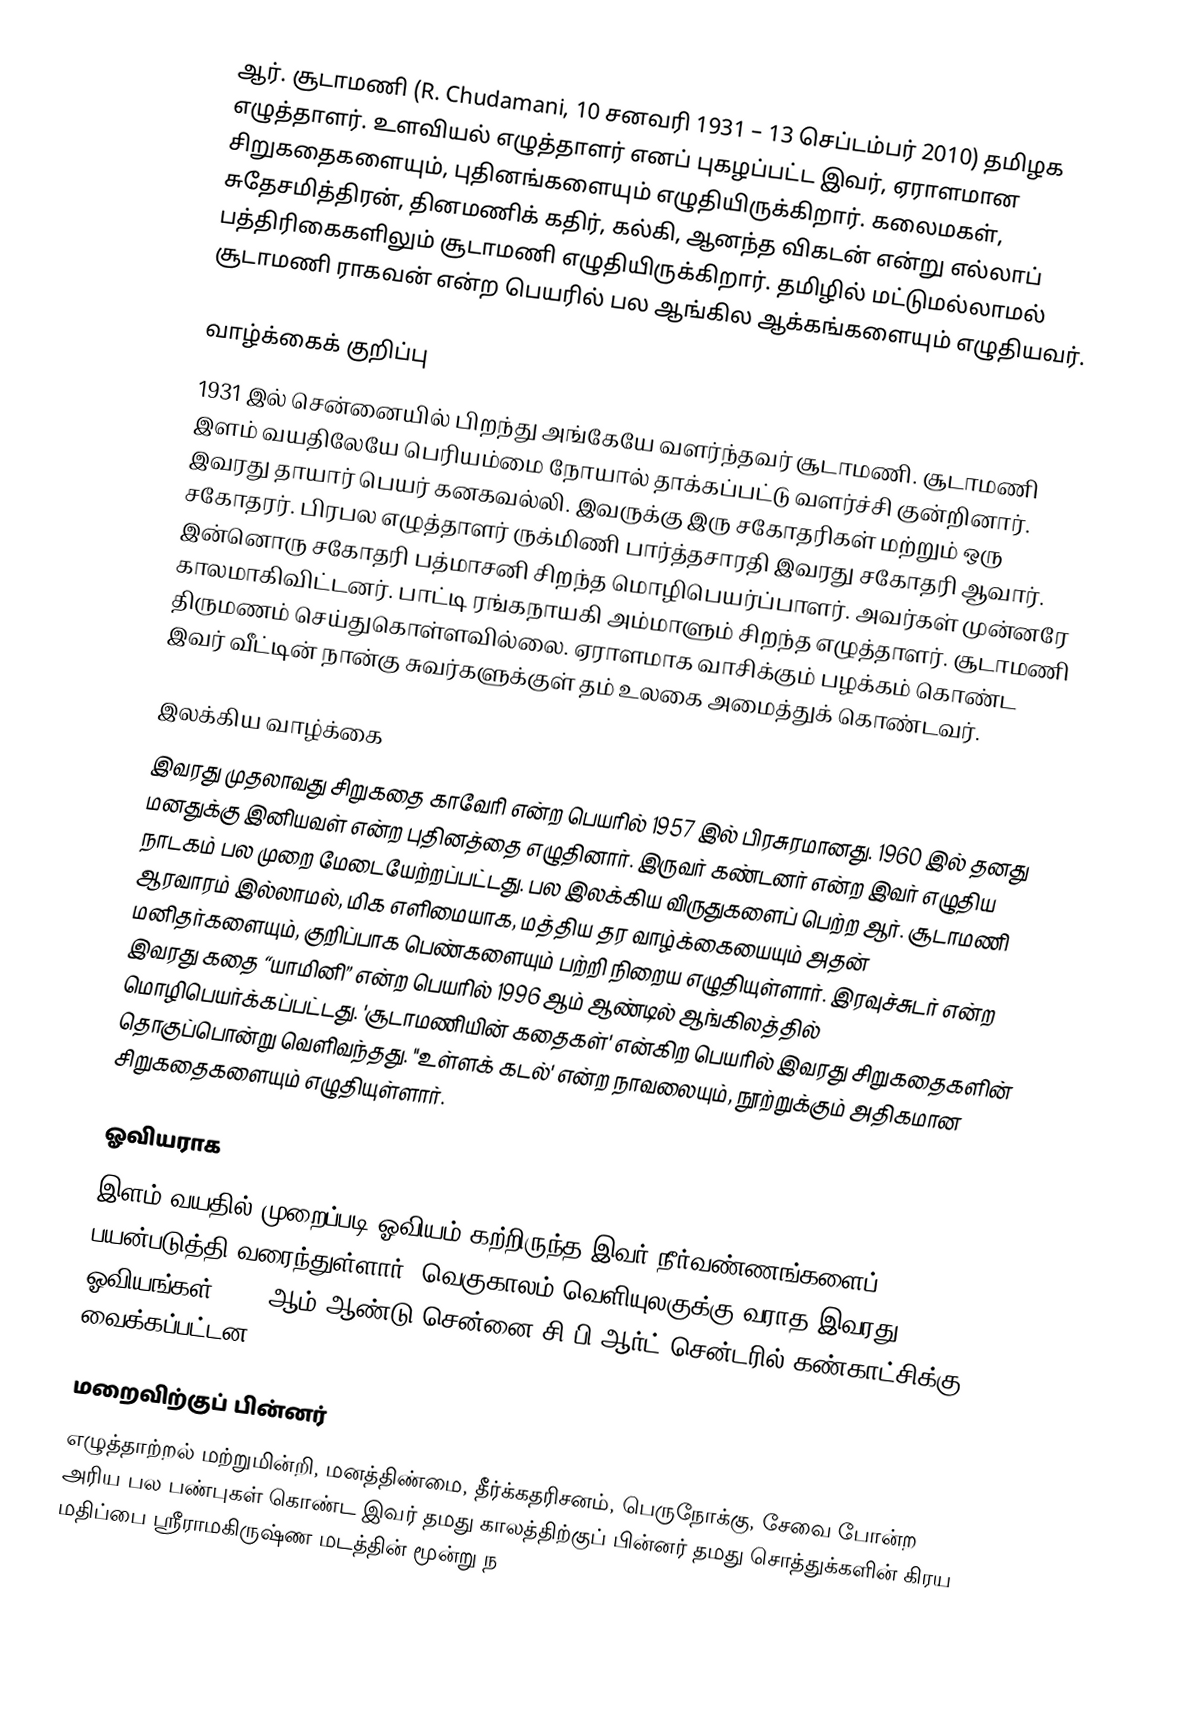
ஆர். சூடாமணி (R. Chudamani, 10 சனவரி 1931 – 13 செப்டம்பர் 2010) தமிழக எழுத்தாளர். உளவியல் எழுத்தாளர் எனப் புகழப்பட்ட இவர், ஏராளமான சிறுகதைகளையும், புதினங்களையும் எழுதியிருக்கிறார். கலைமகள், சுதேசமித்திரன், தினமணிக் கதிர், கல்கி, ஆனந்த விகடன் என்று எல்லாப் பத்திரிகைகளிலும் சூடாமணி எழுதியிருக்கிறார். தமிழில் மட்டுமல்லாமல் சூடாமணி ராகவன் என்ற பெயரில் பல ஆங்கில ஆக்கங்களையும் எழுதியவர்.

வாழ்க்கைக் குறிப்பு
1931 இல் சென்னையில் பிறந்து அங்கேயே வளர்ந்தவர் சூடாமணி. சூடாமணி இளம் வயதிலேயே பெரியம்மை நோயால் தாக்கப்பட்டு வளர்ச்சி குன்றினார். இவரது தாயார் பெயர் கனகவல்லி. இவருக்கு இரு சகோதரிகள் மற்றும் ஒரு சகோதரர். பிரபல எழுத்தாளர் ருக்மிணி பார்த்தசாரதி இவரது சகோதரி ஆவார். இன்னொரு சகோதரி பத்மாசனி சிறந்த மொழிபெயர்ப்பாளர். அவர்கள் முன்னரே காலமாகிவிட்டனர். பாட்டி ரங்கநாயகி அம்மாளும் சிறந்த எழுத்தாளர். சூடாமணி திருமணம் செய்துகொள்ளவில்லை. ஏராளமாக வாசிக்கும் பழக்கம் கொண்ட இவர் வீட்டின் நான்கு சுவர்களுக்குள் தம் உலகை அமைத்துக் கொண்டவர்.

இலக்கிய வாழ்க்கை
இவரது முதலாவது சிறுகதை காவேரி என்ற பெயரில் 1957 இல் பிரசுரமானது. 1960 இல் தனது மனதுக்கு இனியவள் என்ற புதினத்தை எழுதினார். இருவர் கண்டனர் என்ற இவர் எழுதிய நாடகம் பல முறை மேடையேற்றப்பட்டது. பல இலக்கிய விருதுகளைப் பெற்ற ஆர். சூடாமணி ஆரவாரம் இல்லாமல், மிக எளிமையாக, மத்திய தர வாழ்க்கையையும் அதன் மனிதர்களையும், குறிப்பாக பெண்களையும் பற்றி நிறைய எழுதியுள்ளார். இரவுச்சுடர் என்ற இவரது கதை “யாமினி” என்ற பெயரில் 1996 ஆம் ஆண்டில் ஆங்கிலத்தில் மொழிபெயர்க்கப்பட்டது. 'சூடாமணியின் கதைகள்' என்கிற பெயரில் இவரது சிறுகதைகளின் தொகுப்பொன்று வெளிவந்தது. "உள்ளக் கடல்' என்ற நாவலையும், நூற்றுக்கும் அதிகமான சிறுகதைகளையும் எழுதியுள்ளார்.

ஓவியராக
இளம் வயதில் முறைப்படி ஓவியம் கற்றிருந்த இவர் நீர்வண்ணங்களைப் பயன்படுத்தி வரைந்துள்ளார். வெகுகாலம் வெளியுலகுக்கு வராத இவரது ஓவியங்கள் 2011 ஆம் ஆண்டு சென்னை சி.பி.ஆர்ட் சென்டரில் கண்காட்சிக்கு வைக்கப்பட்டன.

மறைவிற்குப் பின்னர்
எழுத்தாற்றல் மற்றுமின்றி, மனத்திண்மை, தீர்க்கதரிசனம், பெருநோக்கு, சேவை போன்ற அரிய பல பண்புகள் கொண்ட இவர் தமது காலத்திற்குப் பின்னர் தமது சொத்துக்களின் கிரய மதிப்பை ஸ்ரீராமகிருஷ்ண மடத்தின் மூன்று ந